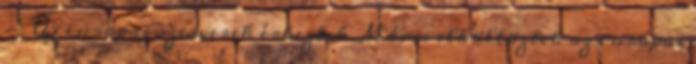
– Új európai szerverek érkeztek Máris elköltöztek az európai